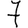
Digit: 7